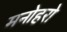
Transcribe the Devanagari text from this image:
मनोहरो